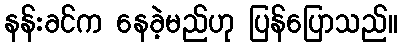
နန်းခင်က နေခဲ့မည်ဟု ပြန်ပြောသည်။